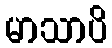
မာသာပိ